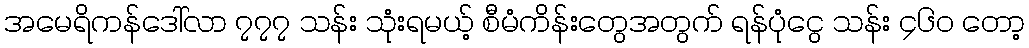
အမေရိကန်ဒေါ်လာ ၇၇၇ သန်း သုံးရမယ့် စီမံကိန်းတွေအတွက် ရန်ပုံငွေ သန်း ၄၆၀ တော့